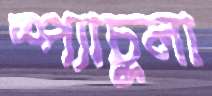
স্প্যাচুলা